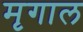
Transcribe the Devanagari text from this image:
मृगाल